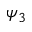
\psi _ { 3 }